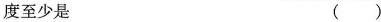
度至少是( )